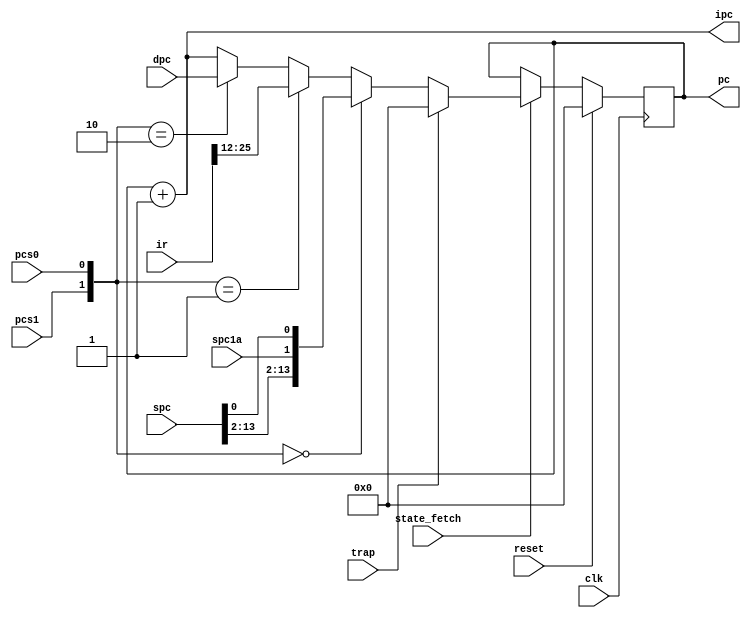
// NPC --- NPC,IPC,PC
//
// ---!!! Add description.
//
// History:
//
//   (20YY-MM-DD HH:mm:ss BRAD) Converted to Verilog.
//	???: Nets added.
//	???: Nets removed.
//   (1978-02-15 04:53:07 TK) Initial.

`timescale 1ns/1ps
`default_nettype none

module NPC(/*AUTOARG*/
   // Outputs
   ipc, pc,
   // Inputs
   clk, reset, state_fetch, dpc, spc, ir, pcs0, pcs1, spc1a, trap
   );

   input clk;
   input reset;

   input state_fetch;

   input [13:0] dpc;
   input [18:0] spc;
   input [48:0] ir;
   input pcs0;
   input pcs1;
   input spc1a;
   input trap;
   output [13:0] ipc;
   output [13:0] pc;

   ////////////////////////////////////////////////////////////////////////////////

   reg [13:0] pc;
   wire [13:0] npc;

   ////////////////////////////////////////////////////////////////////////////////

   assign npc = trap ? 14'b0 :
		{pcs1, pcs0} == 2'b00 ? {spc[13:2], spc1a, spc[0]} :
		{pcs1, pcs0} == 2'b01 ? {ir[25:12]} :
		{pcs1, pcs0} == 2'b10 ? dpc :
		ipc;

   always @(posedge clk)
     if (reset)
       pc <= 0;
     else if (state_fetch)
       pc <= npc;

   assign ipc = pc + 14'd1;

endmodule

`default_nettype wire

// Local Variables:
// verilog-library-directories: ("..")
// End: